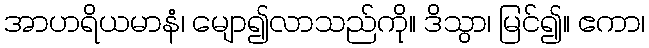
အာဟရိယမာနံ၊ မျော၍လာသည်ကို။ ဒိသွာ၊ မြင်၍။ ဧကာ၊